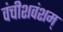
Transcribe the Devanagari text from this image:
वंचीशवंशम्